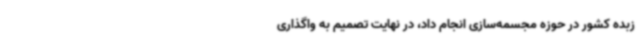
زبده کشور در حوزه مجسمه‌سازی انجام داد، در نهایت تصمیم به واگذاری